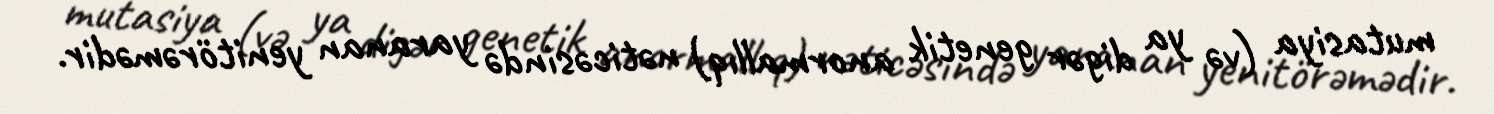
mutasiya (və ya digər genetik anormallıq) nəticəsində yaranan yenitörəmədir.